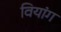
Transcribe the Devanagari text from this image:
वियांग